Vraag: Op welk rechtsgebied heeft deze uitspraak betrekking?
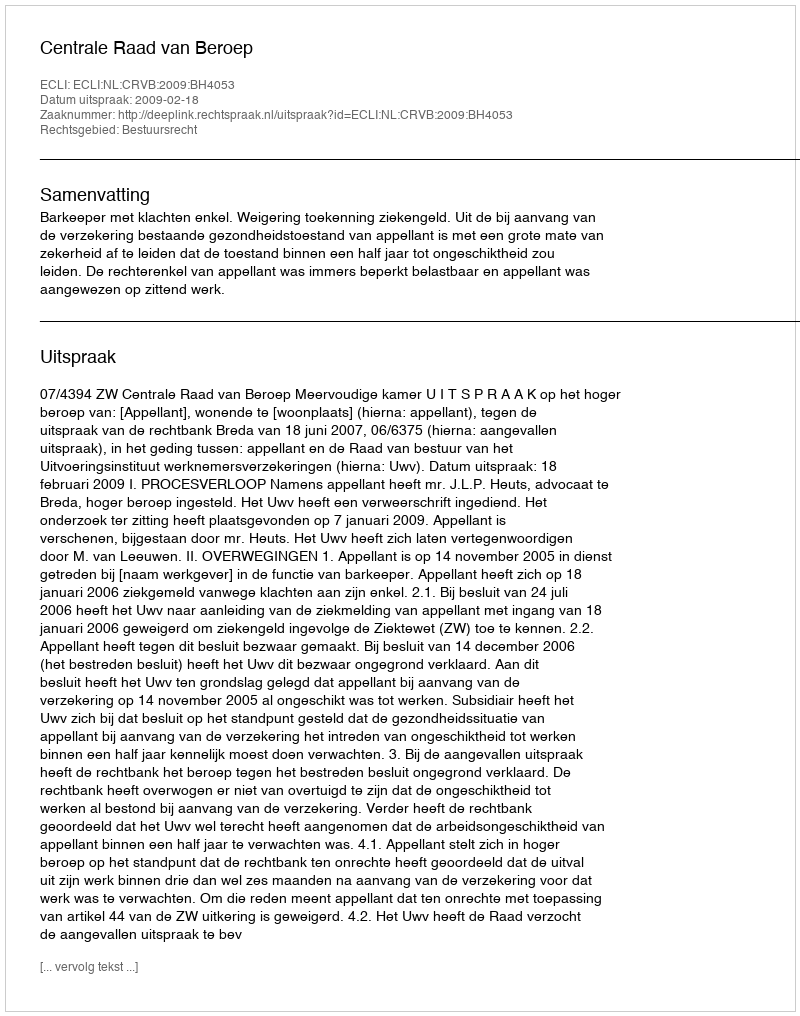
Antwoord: Bestuursrecht